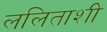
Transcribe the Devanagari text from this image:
ललिताशी